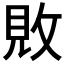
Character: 𫾴